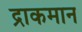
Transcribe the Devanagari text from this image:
द्राकमान